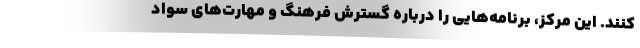
کنند. این مرکز، برنامه‌هایی را درباره گسترش فرهنگ و مهارت‌های سواد